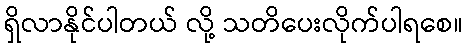
ရှိလာနိုင်ပါတယ် လို့ သတိပေးလိုက်ပါရစေ။